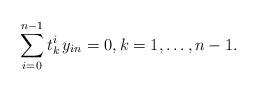
LaTeX: \begin{align*} \sum_{i=0}^{n-1}t_k^i\,y_{in}=0,k=1,\dots, n-1.\end{align*}